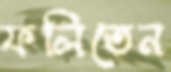
ফলিতেন